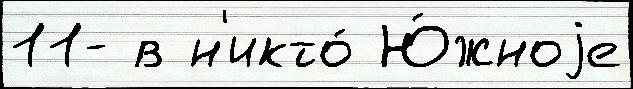
11- в н'икто́ Ю́жноjе